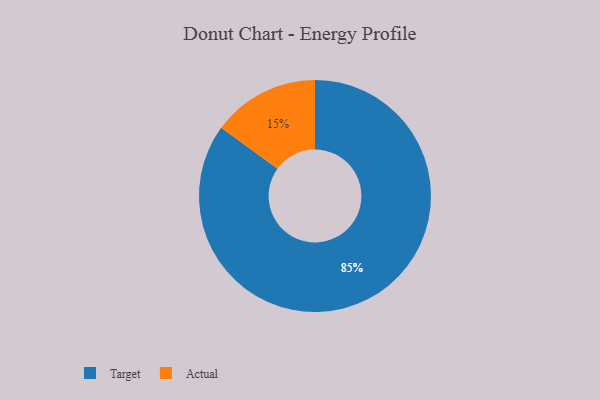
{"axis": {"x": "Category", "y": "Percentage"}, "legend": ["Actual", "Target"], "data": [{"x": "Target", "y": 85, "type": "Target"}, {"x": "Actual", "y": 15, "type": "Actual"}]}